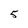
Character: 5